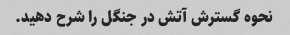
نحوه گسترش آتش در جنگل را شرح دهید.